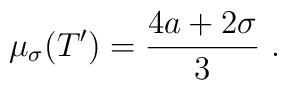
\mu_{\sigma}(T') = \frac{4a + 2 \sigma}{3} \ .